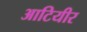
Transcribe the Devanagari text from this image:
आटियीर